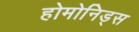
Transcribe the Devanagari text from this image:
होमोनिड्स